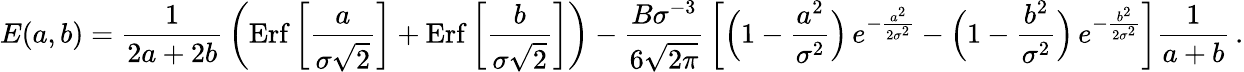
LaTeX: E(a,b)={\frac{1}{2a+2b}}\left(\mathrm{Erf}\left[{\frac{a}{\sigma\sqrt 2}}\right]+\mathrm{Erf}\left[{\frac{b}{\sigma\sqrt 2}}\right]\right)-{\frac{B\sigma^{-3}}{6\sqrt{2\pi}}}\left[\Big(1-{\frac{a^{2}}{\sigma^{2}}}\Big)\, e^{-{\frac{a^{2}}{2\sigma^{2}}}}-\Big(1-{\frac{b^{2}}{\sigma^{2}}}\Big)\, e^{-{\frac{b^{2}}{2\sigma^{2}}}}\right]{\frac{1}{a+b}}\, .